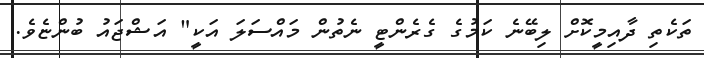
ތަކެތި ދާއިމީކޮށް ލިބޭނެ ކަމުގެ ގެރެންޓީ ނެތުން މައްސަލަ އަކީ" އަޝްޖައު ބުންޏެވެ.